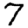
Digit: 7